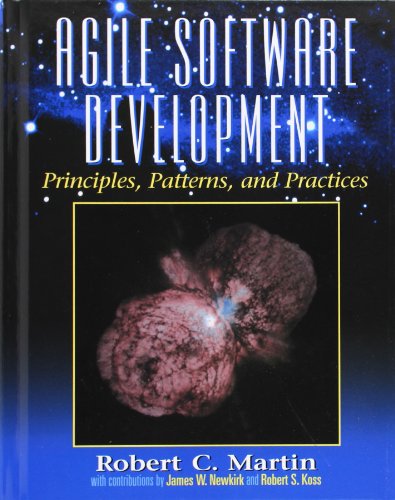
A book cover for Agile Software Development, Principles, Patterns, and Practices; Robert C. Martin; Computers & Technology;